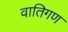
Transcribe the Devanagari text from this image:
वातिगण